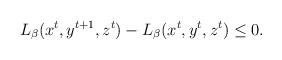
LaTeX: \begin{align*} L_\beta(x^t,y^{t+1},z^t) - L_\beta(x^t,y^t,z^t) \le 0. \end{align*}